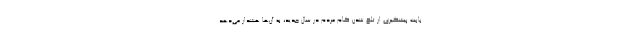
بابت پیشگیری از تلخ شدن کام مردم در سال جدید، به آن‌ها هشدار می‌دهد.